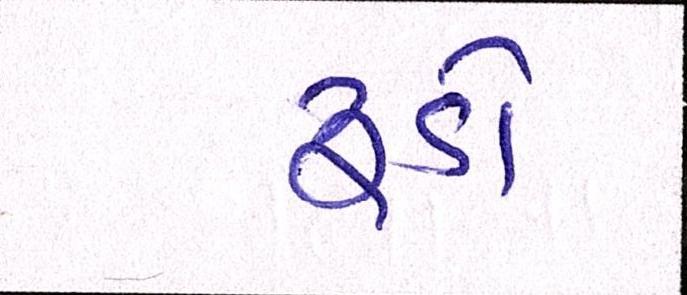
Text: રૂડો